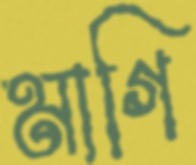
মাগি